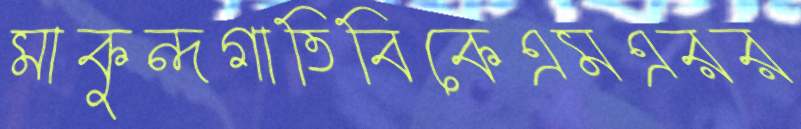
মাকুন্দগাতিবিকেএমএরর